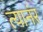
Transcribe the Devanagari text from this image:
त्यानंर